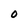
Character: O